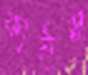
কাটাস